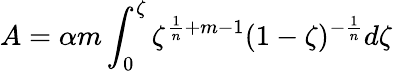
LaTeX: A=\alpha m\int_{0}^{\zeta}\zeta^{\frac{1}{n}+m-1}(1-\zeta)^{-\frac{1}{n}}d\zeta